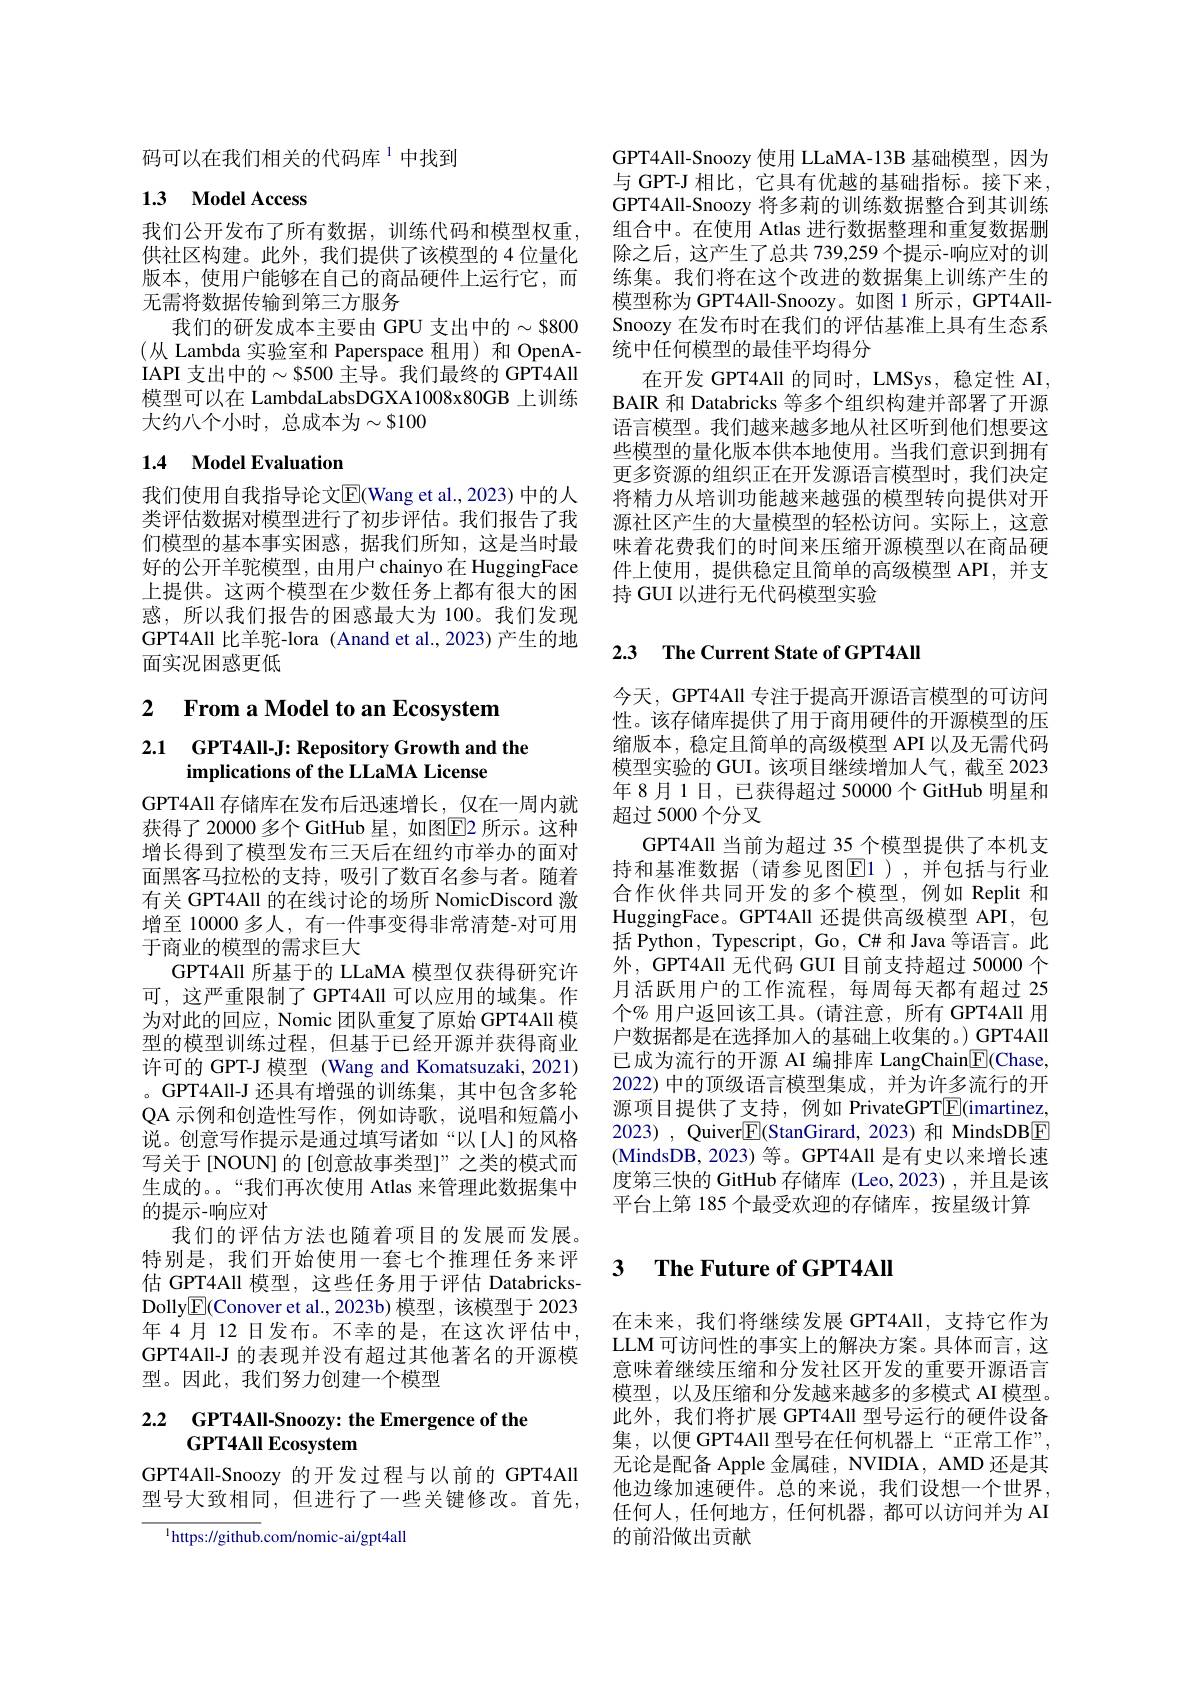
码可以在我们相关的代码库$^{1}$中找到

# 1.3 Model Access

我们公开发布了所有数据，训练代码和模型权重， 供社区构建。此外，我们提供了该模型的 4 位量化版本，使用户能够在自己的商品硬件上运行它，而无需将数据传输到第三方服务
我们的研发成本主要由 GPU 支出中的$\sim\$800$ (从 Lambda 实验室和 Paperspace 租用) 和 OpenAIAPI 支出中的$\sim\$500$ 主导。我们最终的 GPT4All 模型可以在 LambdaLabsDGXA1008x80GB 上训练大约八个小时，总成本为$\sim\$100$

## 1.4 Model Evaluation

我们使用自我指导论文$\overline{\mathrm{E}}($Wang et al., 2023) 中的人类评估数据对模型进行了初步评估。我们报告了我们模型的基本事实困惑，据我们所知，这是当时最好的公开羊驼模型，由用户chainyo 在 HuggingFace 上提供。这两个模型在少数任务上都有很大的困惑，所以我们报告的困惑最大为 100。我们发现GPT4All 比羊驼-lora (Anand et al.,2023)产生的地面实况困惑更低

## 2 $\textbf{From a Model to an Ecosystem}$

# 2.1 GPT4All-J: Repository Growth and the implications of the LLaMA License

GPT4All 存储库在发布后迅速增长，仅在一周内就获得了20000多个GitHub 星，如图E2 所示。这种增长得到了模型发布三天后在纽约市举办的面对面黑客马拉松的支持，吸引了数百名参与者。随着有关 GPT4All 的在线讨论的场所 NomicDiscord 激增至 10000 多人，有一件事变得非常清楚-对可用于商业的模型的需求巨大
GPT4All 所基于的 LLaMA 模型仅获得研究许可，这严重限制了GPT4All 可以应用的域集。作为对此的回应，Nomic 团队重复了原始 GPT4All 模型的模型训练过程，但基于已经开源并获得商业许可的 GPT-J 模型 (Wang and Komatsuzaki, 2021) 。GPT4All-J 还具有增强的训练集，其中包含多轮QA 示例和创造性写作，例如诗歌，说唱和短篇小说。创意写作提示是通过填写诸如“以[人]的风格写关于[NOUN]的[创意故事类型]”之类的模式而生成的。“我们再次使用 Atlas 来管理此数据集中的提示-响应对
我们的评估方法也随着项目的发展而发展。特别是，我们开始使用一套七个推理任务来评估 GPT4All 模型，这些任务用于评估 DatabricksDolly$\boxed{\mathrm{E}}($Conover et al.,2023b) 模型，该模型于 2023年4月12日发布。不幸的是，在这次评估中， GPT4All-J 的表现并没有超过其他著名的开源模型。因此，我们努力创建一个模型

# 2.2 GPT4All-Snoozy: the Emergence of the GPT4All Ecosystem

GPT4All-Snoozy 的开发过程与以前的 GPT4All 型号大致相同，但进行了一些关键修改。首先，

$^{1}$https://github.com/nomic-ai/gpt4all

GPT4All-Snoozy 使用 LLaMA-13B 基础模型，因为与 GPT-J 相比，它具有优越的基础指标。接下来， GPT4All-Snoozy 将多莉的训练数据整合到其训练组合中。在使用 Atlas 进行数据整理和重复数据删除之后，这产生了总共 739,259 个提示-响应对的训练集。我们将在这个改进的数据集上训练产生的模型称为 GPT4All-Snoozy。如图 1 所示，GPT4AllSnoozy 在发布时在我们的评估基准上具有生态系统中任何模型的最佳平均得分
在开发 GPT4All 的同时，LMSys, 稳定性 AI, BAIR 和 Databricks 等多个组织构建并部署了开源语言模型。我们越来越多地从社区听到他们想要这些模型的量化版本供本地使用。当我们意识到拥有更多资源的组织正在开发源语言模型时，我们决定将精力从培训功能越来越强的模型转向提供对开源社区产生的大量模型的轻松访问。实际上，这意味着花费我们的时间来压缩开源模型以在商品硬件上使用，提供稳定且简单的高级模型 API,并支持 GUI 以进行无代码模型实验

# 2.3 The Current State of GPT4All

今天，GPT4All 专注于提高开源语言模型的可访问性。该存储库提供了用于商用硬件的开源模型的压缩版本，稳定且简单的高级模型 API 以及无需代码模型实验的 GUI。该项目继续增加人气，截至 2023年8月1日，已获得超过50000个GitHub 明星和超过 5000 个分叉
GPT4All 当前为超过 35 个模型提供了本机支持和基准数据(请参见图$\boxed{\mathrm{E}}1)$,并包括与行业合作伙伴共同开发的多个模型，例如 Replit 和HuggingFace。GPT4All 还提供高级模型 API, 包括 Python, Typescript, Go, C#和 Java 等语言。此外，GPT4All 无代码 GUI 目前支持超过 50000 个月活跃用户的工作流程，每周每天都有超过 25个% 用户返回该工具。(请注意，所有 GPT4All 用户数据都是在选择加入的基础上收集的。) GPT4All 已成为流行的开源 AI 编排库 LangChain$\underline{\mathrm{E}}($Chase, 2022)中的顶级语言模型集成，并为许多流行的开源项目提供了支持，例如 PrivateGPT$\boxed{\mathrm{E}}($imartinez, 2023) , Quiver$\underline{\mathrm{E}}($StanGirard, 2023) 和 MindsDBE (MindsDB,2023)等。GPT4All 是有史以来增长速度第三快的 GitHub 存储库 (Leo,2023),并且是该平台上第 185 个最受欢迎的存储库，按星级计算

### $\textbf{3}$ $\textbf{The Future of GPT4All}$

在末来，我们将继续发展 GPT4All,支持它作为LLM 可访问性的事实上的解决方案。具体而言，这意味着继续压缩和分发社区开发的重要开源语言模型，以及压缩和分发越来越多的多模式 AI 模型。此外，我们将扩展 GPT4All 型号运行的硬件设备集，以便 GPT4All 型号在任何机器上“正常工作”, 无论是配备 Apple 金属硅，NVIDIA, AMD 还是其他边缘加速硬件。总的来说，我们设想一个世界， 任何人，任何地方，任何机器，都可以访问并为 AI 的前沿做出贡献